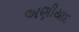
અણીયાદ